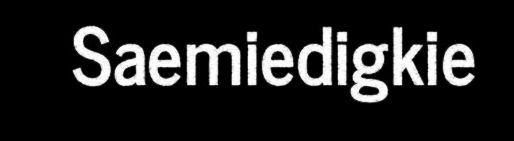
Saemiedigkie